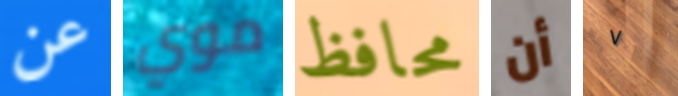
عن موي محافظ أن ٧